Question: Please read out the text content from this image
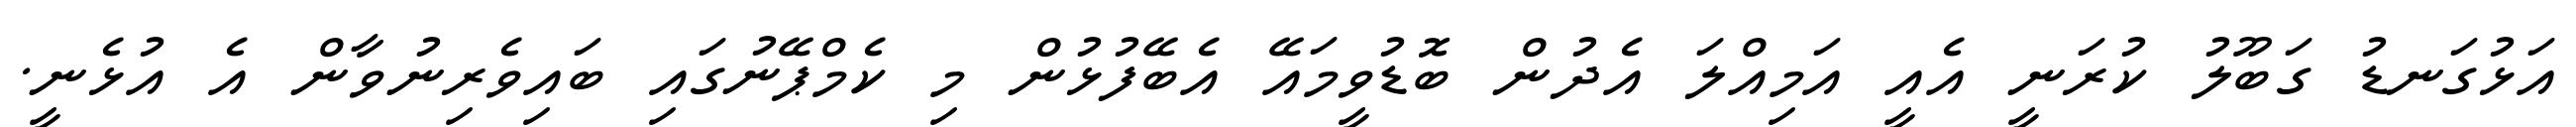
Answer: އަޅުގަނޑު ގަބޫލު ކުރަނީ އެއީ އަމިއްލަ އެދުން ބޮޑުވީމައޭ އެބޭފުޅުން މި ކެމްޕޭނުގައި ބައިވެރިނުވާން އެ އުޅެނީ.